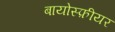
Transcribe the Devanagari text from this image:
बायोस्फ़ीयर